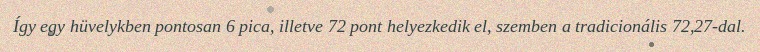
Így egy hüvelykben pontosan 6 pica, illetve 72 pont helyezkedik el, szemben a tradicionális 72,27-dal.